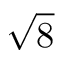
\sqrt { 8 }